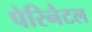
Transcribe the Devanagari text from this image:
पेरिनैटल